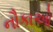
નૌકાઓ